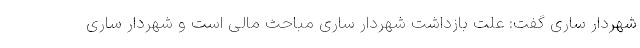
شهردار ساری گفت: علت بازداشت شهردار ساری مباحث مالی است و شهردار ساری